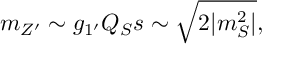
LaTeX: m _ { Z ^ { \prime } } \sim g _ { 1 ^ { \prime } } Q _ { S } s \sim \sqrt { 2 | m _ { S } ^ { 2 } | } ,